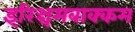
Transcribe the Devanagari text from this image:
इरिञ्चमबाक्कम